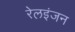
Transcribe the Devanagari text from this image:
रेलइंजन